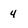
Character: 4